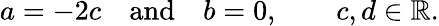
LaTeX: a=-2c\quad{\mathrm{and}}\quad b=0,\qquad c,d\in\mathbb{R}.